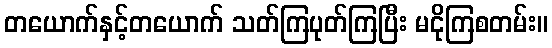
တယောက်နှင့်တယောက် သတ်ကြပုတ်ကြပြီး မငိုကြစတမ်း။